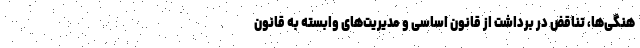
هنگی‌ها، تناقض در برداشت از قانون اساسی و مدیریت‌های وابسته به قانون